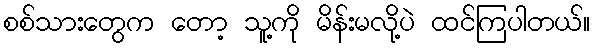
စစ်သားတွေက တော့ သူ့ကို မိန်းမလို့ပဲ ထင်ကြပါတယ်။